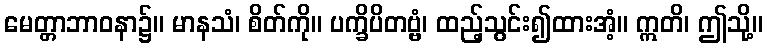
မေတ္တာဘာဝနာ၌။ မာနသံ၊ စိတ်ကို။ ပက္ခိပိတဗ္ဗံ၊ ထည့်သွင်း၍ထားအံ့။ ဣတိ၊ ဤသို့။